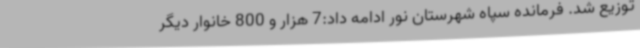
توزیع شد. فرمانده سپاه شهرستان نور ادامه داد:7 هزار و 800 خانوار دیگر